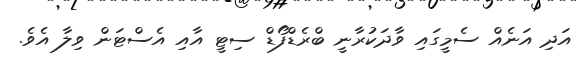
އަދި އަނެއް ސެމީގައި ވާދަކުރާނީ ބްރެޑްފޯޑް ސިޓީ އާއި އެސްޓަން ވިލާ އެވެ.